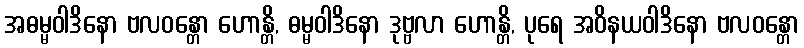
အဓမ္မဝါဒိနော ဗလဝန္တော ဟောန္တိ, ဓမ္မဝါဒိနော ဒုဗ္ဗလာ ဟောန္တိ, ပုရေ အဝိနယဝါဒိနော ဗလဝန္တော